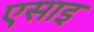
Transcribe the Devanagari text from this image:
एसाइ